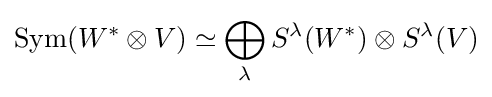
\operatorname {Sym} (W^{*}\otimes V)\simeq \bigoplus _{\lambda }S^{\lambda }(W^{*})\otimes S^{\lambda }(V)